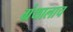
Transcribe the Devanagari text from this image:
ग्रंथालाच